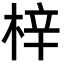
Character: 梓